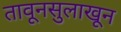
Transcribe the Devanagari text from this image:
तावूनसुलाखून